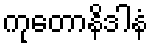
ကုတောနိဒါနံ